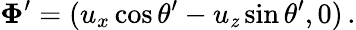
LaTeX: \boldsymbol\Phi^{\prime}=(u_{x}\cos\theta^{\prime}-u_{\mathit{z}}\sin\theta^{\prime},0)\, .